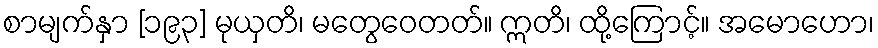
စာမျက်နှာ [၁၉၃] မုယှတိ၊ မတွေဝေတတ်။ ဣတိ၊ ထို့ကြောင့်။ အမောဟော၊